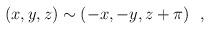
\begin{align*}(x,y,z) \sim (-x,-y,z+\pi)\ \ ,\end{align*}